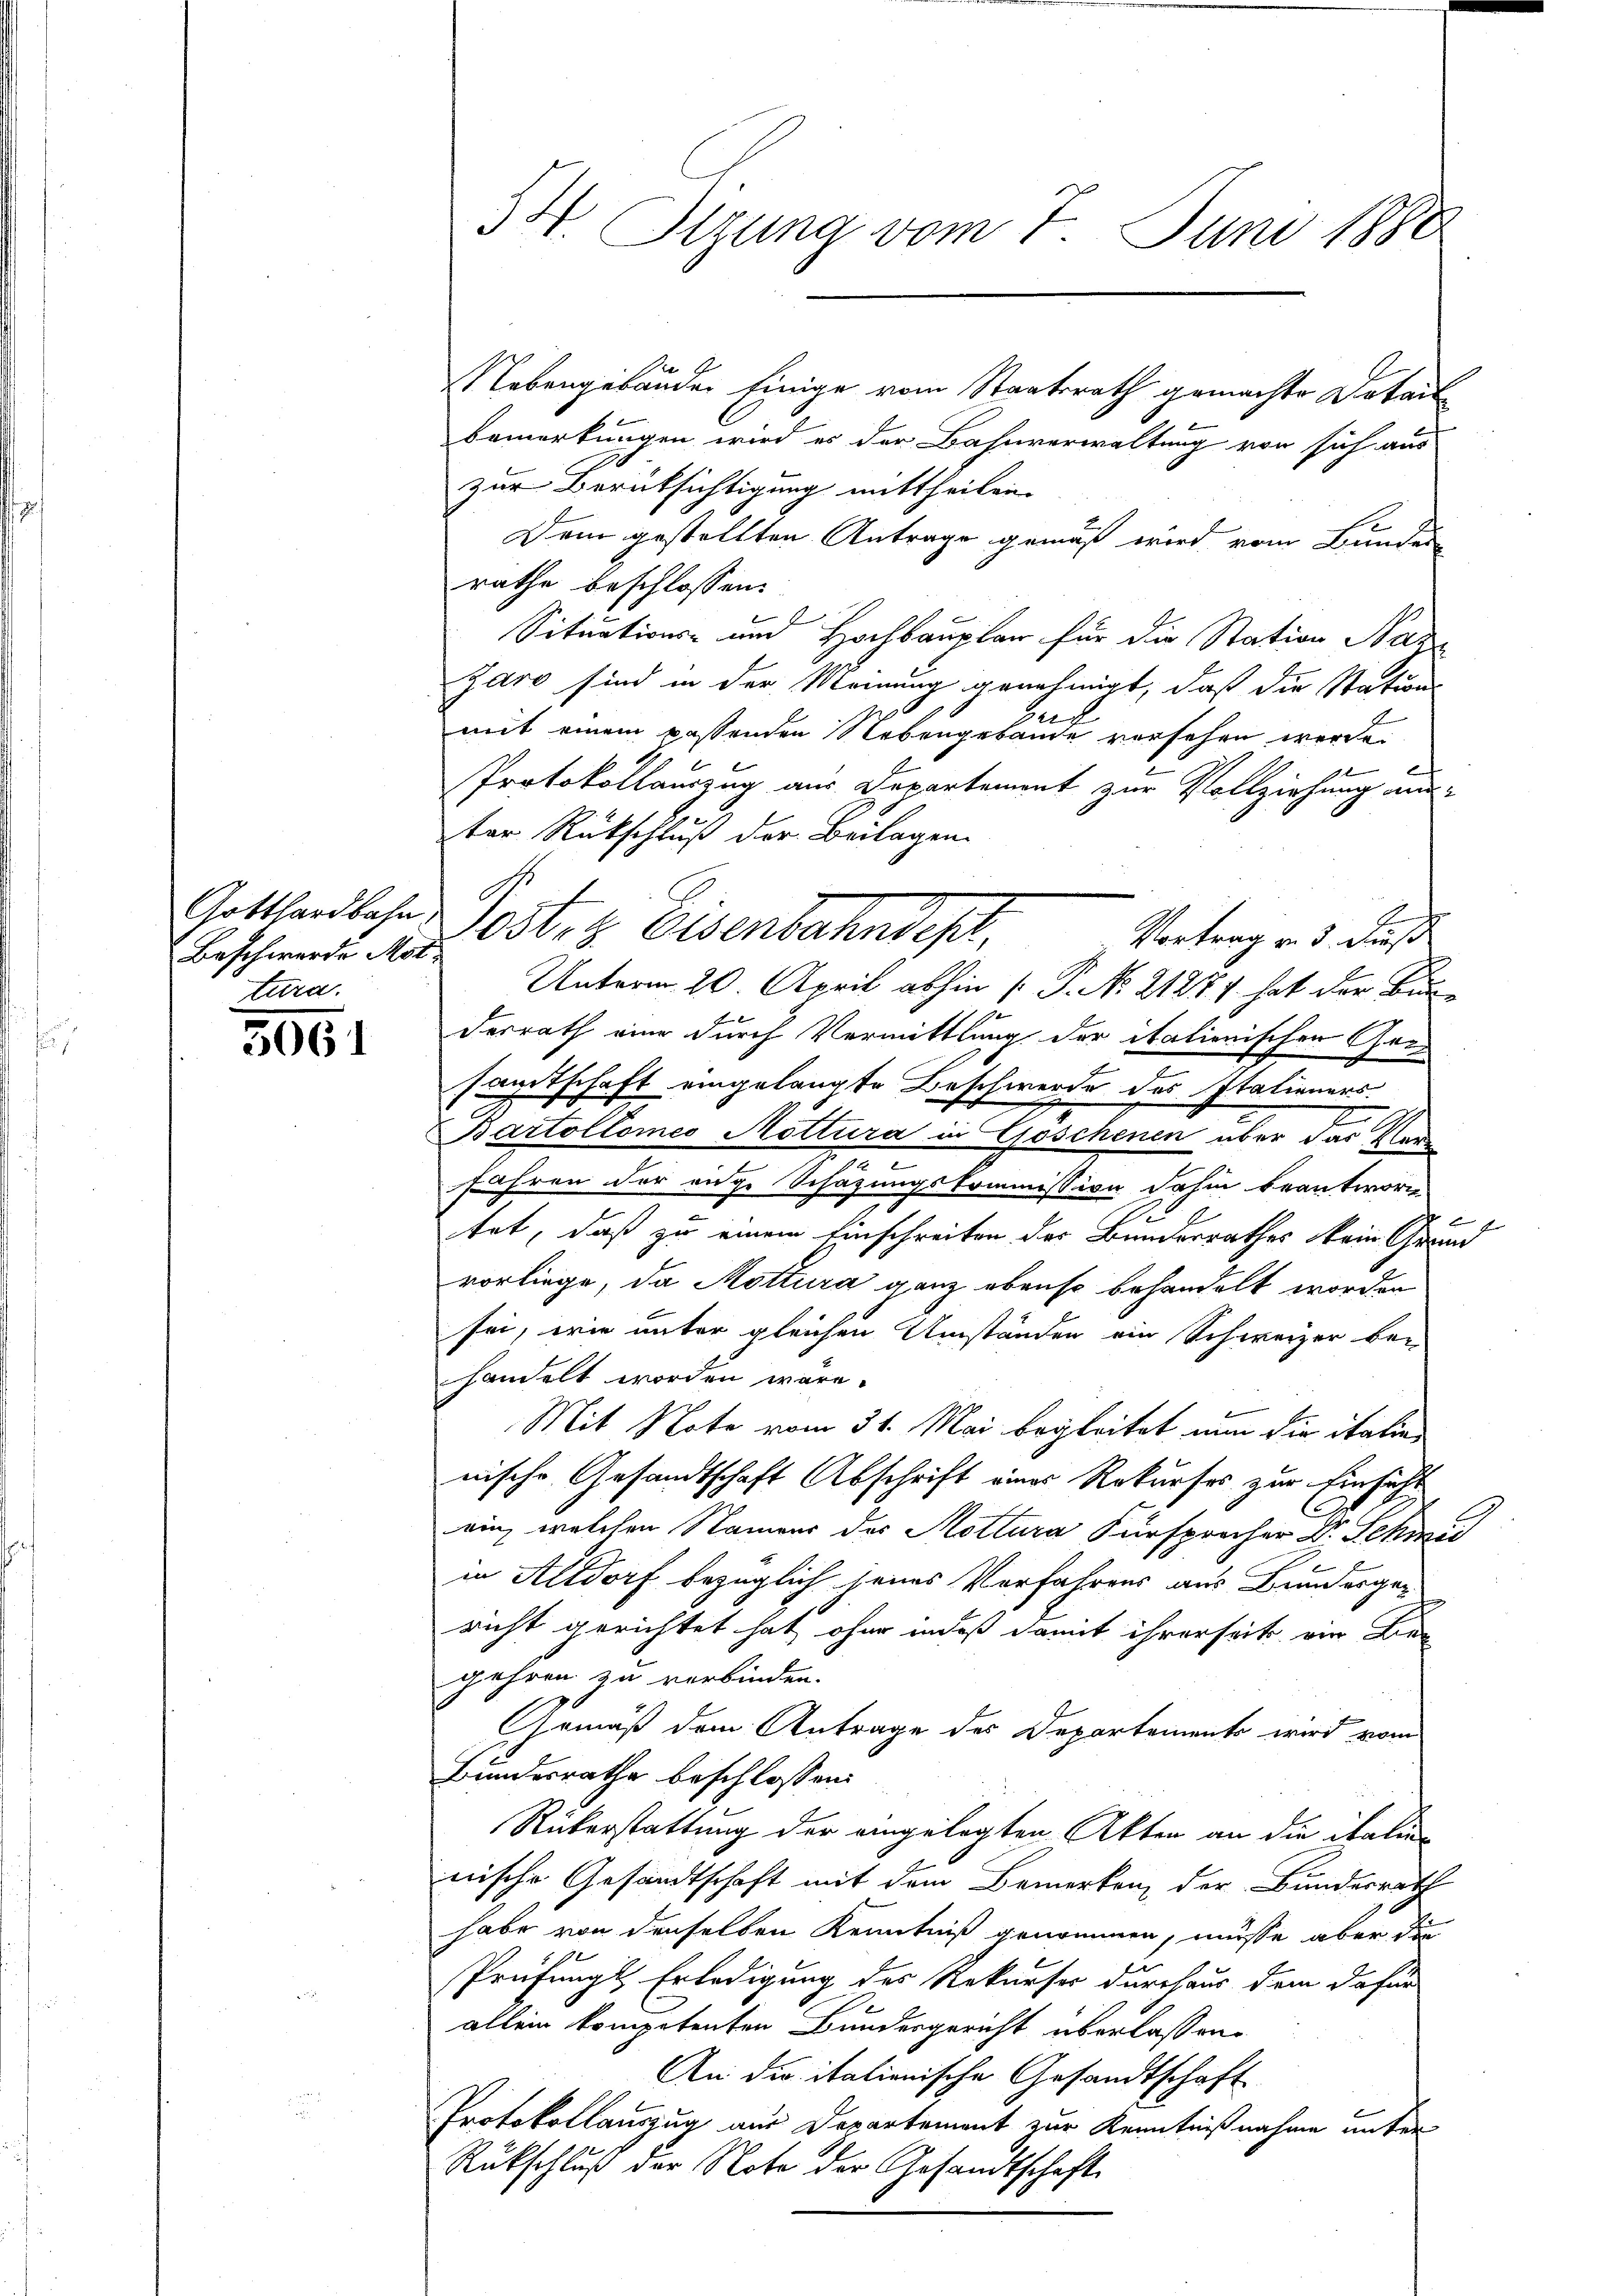
Beschwerde Mot
tura.

5061

Nebengebäuden Einige vom Staatsrath gemachte Detail
Bemerkungen wird es der Bahnverwaltung von sich aus
zur Berüksichtigung mittheilen.
Dem gestellten Antrage gemäß wird vom Bundes
rathe beschlossen:
Situations- und Hochbauplan für die Station Naz
Zaro sind in der Meinung genehmigt, daß die Stations
c
mit einem passenden Nebengebäude vorsehen werde.
Protokollauszug aus Departement zur Vollziehung unter Rückschluß der Beilagen.
Vortrag von 3. dieß
Unterm 20. April abhin [P. No. 21277 hat der Bundesrath eine durch Vermittlung der itationischen Gersamtschaft eingelangte Beschwerde des Stationers
g
Bartoltomeo Nottura in Goschenen über das Ver
d
fahren der enge Schazungskommission dahin beantwor
f
tet, daß zu einem Einschreiten des Bundesrathes ein Grund
vorliege, da Mottura ganz ebenso behandelt worden
sei, wie unter gleichen Umständen ein Schweizer bei
handelt worden wäre.
Mit Note vom 31. Mai begleitet nun die italien
nische Gesandtschaft Abschrift eines Rekurses zur Einsicht
ein, welchen Stammer des Mottura Fürsprecher Dr. Schwe
in Altdorf bezüglich seines Verfahrens aus Bunderger-
richt gerichtet hat, ohne indeß damit ihrerseit ein Be
gehren zu verbinden.
Gemäß dem Antrage des Departements wird vom
Bundesrathe beschlossen:
Rükerstattung der eingelegten Akten an die italien
nische Gesandtschaft mit dem Bemerken, der Bundesrath
habe von denselben Kenntniß genommen, müsse aber die
Prüfungs Erledigung des Rekurser durchaus dem dafür
allein kompetenten Bundesgericht überlassen.
An die italienische Gesandtschaft
Protokollauszug aus Departement zur Kenntnißnahme unter
Rückschluß der Note der Gesandtschaft

54. Sizung vom 7. Juni 1880

Gotthardbahn Postet. Eisenbahndept,